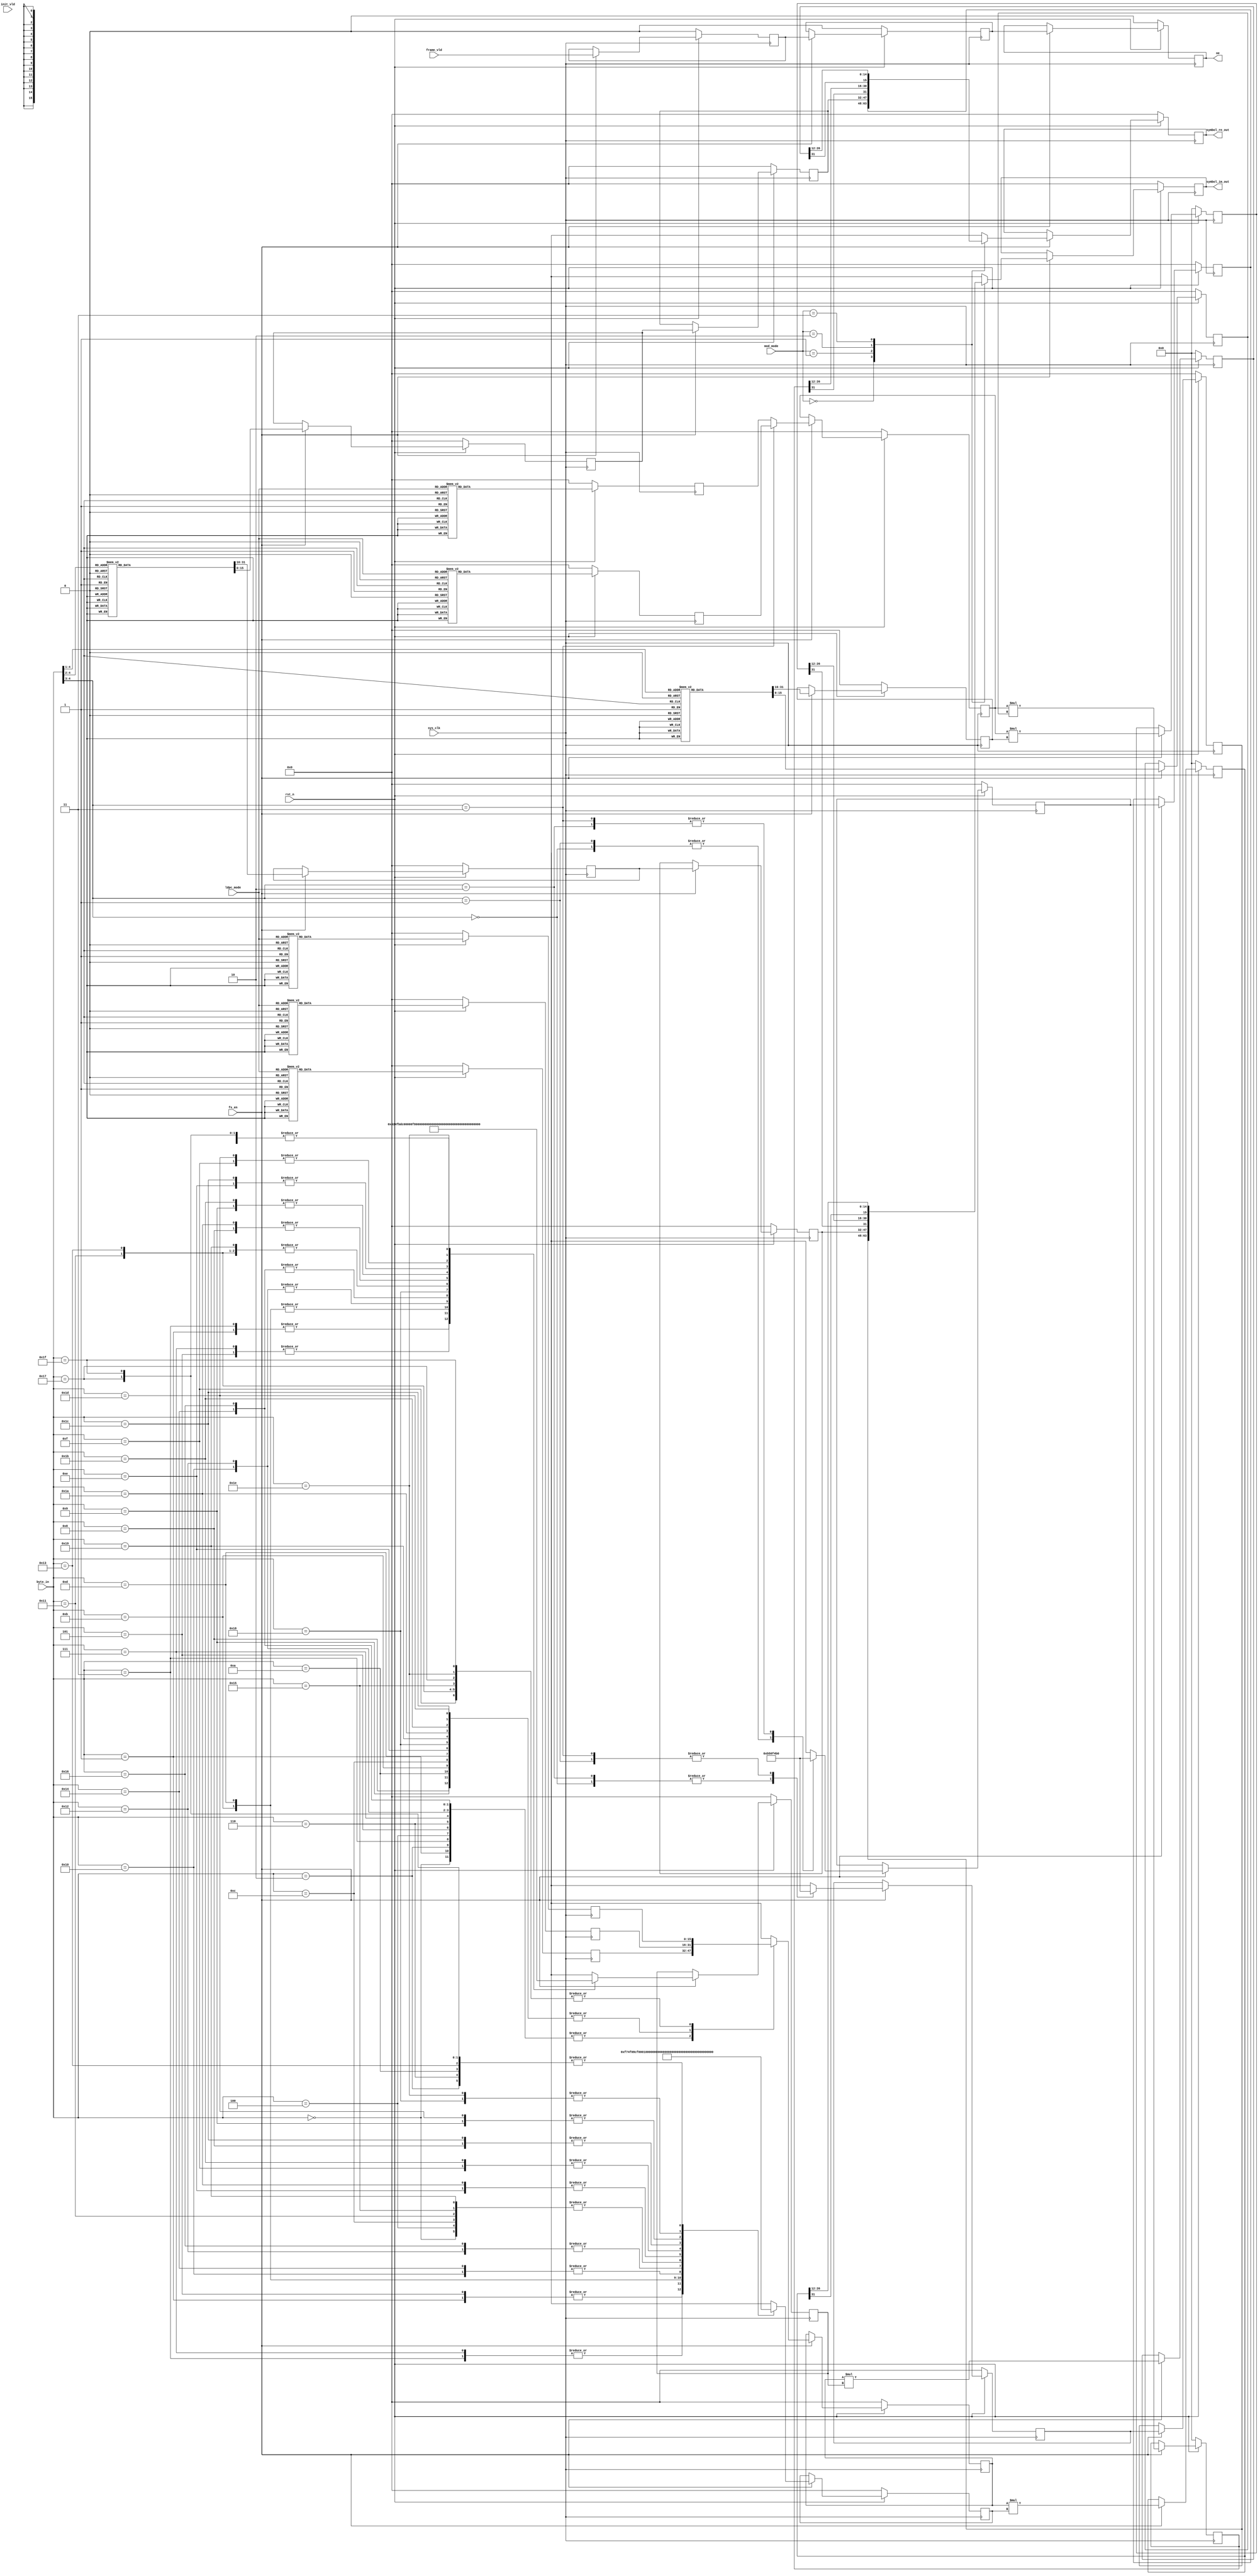
`timescale 1ns / 1ps
module mapper(
input	          							sys_clk,
input											fs_en,
input	          							rst_n,
//////////////////////////////////////////////////////////////
input	          			[1:0]			mod_mode,
input	          			[3:0] 			ldpc_mode,
input	          							init_vld,
input	          							frame_vld,
input   			 		[4:0]     		byte_in,
//////////////////////////////////////////////////////////////
output  reg  								oe,
output  reg  	signed	   	[15:0]     		symbol_re_out,
output  reg  	signed	   	[15:0]     		symbol_im_out
//////////////////////////////////////////////////////////////
);


 reg  			signed		[15:0]     		qpsk_symbol_re_out;
 reg  			signed		[15:0]     		qpsk_symbol_im_out;

always @(posedge sys_clk)begin
	if(~rst_n)begin
		qpsk_symbol_re_out <= 16'sh0;
		qpsk_symbol_im_out <= 16'sh0;
	end
	else if(fs_en == 1'b1)begin
		case ({byte_in[4:3]})
			2'h0:begin
				qpsk_symbol_re_out <= 16'sh0b50;
				qpsk_symbol_im_out <= 16'sh0b50;
			end
			2'h1:begin
				qpsk_symbol_re_out <= 16'sh0b50;
				qpsk_symbol_im_out <= 16'shf4b0;
			end
			2'h2:begin
				qpsk_symbol_re_out <= 16'shf4b0;
				qpsk_symbol_im_out <= 16'sh0b50;
			end
			2'h3:begin
				qpsk_symbol_re_out <= 16'shf4b0;
				qpsk_symbol_im_out <= 16'shf4b0;
			end
			default:begin
				qpsk_symbol_re_out <= 16'sh0;
				qpsk_symbol_im_out <= 16'sh0;
			end
		endcase
	end
	else begin
	end
end


reg  			signed		[15:0]     		psk8_symbol_re_out;
reg  			signed		[15:0]     		psk8_symbol_im_out;

always @(posedge sys_clk)begin
	if(~rst_n)begin
		psk8_symbol_re_out <= 16'sh0;
		psk8_symbol_im_out <= 16'sh0;
	end
	else if(fs_en == 1'b1)begin
		case ({byte_in[4:2]})
			3'h0:begin
				psk8_symbol_re_out <= 16'sh0b50;
				psk8_symbol_im_out <= 16'sh0b50;
			end
			3'h1:begin
				psk8_symbol_re_out <= 16'sh1000;
				psk8_symbol_im_out <= 16'sh0000;
			end
			3'h2:begin
				psk8_symbol_re_out <= 16'shf000;
				psk8_symbol_im_out <= 16'sh0000;
			end
			3'h3:begin
				psk8_symbol_re_out <= 16'shf4b0;
				psk8_symbol_im_out <= 16'shf4b0;
			end
			3'h4:begin
				psk8_symbol_re_out <= 16'sh0000;
				psk8_symbol_im_out <= 16'sh1000;
			end
			3'h5:begin
				psk8_symbol_re_out <= 16'sh0b50;
				psk8_symbol_im_out <= 16'shf4b0;
			end
			3'h6:begin
				psk8_symbol_re_out <= 16'shf4b0;
				psk8_symbol_im_out <= 16'sh0b50;
			end
			3'h7:begin
				psk8_symbol_re_out <= 16'sh0000;
				psk8_symbol_im_out <= 16'shf000;
			end
			default:begin
				psk8_symbol_re_out <= 16'sh0000;
				psk8_symbol_im_out <= 16'sh0000;
			end
		endcase
	end
	else begin
	end
end


reg  			signed		[15:0]     		psk16_symbol_re_out;
reg  			signed		[15:0]     		psk16_symbol_im_out;

always @(posedge sys_clk)begin
	if(~rst_n)begin
		psk16_symbol_re_out <= 16'sh0;
		psk16_symbol_im_out <= 16'sh0;
	end
	else if(fs_en == 1'b1)begin
		case ({byte_in[4:1]})
			4'h0:begin
				psk16_symbol_re_out <= 16'sh0b50;
				psk16_symbol_im_out <= 16'sh0b50;
			end
			4'h1:begin
				psk16_symbol_re_out <= 16'sh0b50;
				psk16_symbol_im_out <= 16'shf4b0;
			end
			4'h2:begin
				psk16_symbol_re_out <= 16'shf4b0;
				psk16_symbol_im_out <= 16'sh0b50;
			end
			4'h3:begin
				psk16_symbol_re_out <= 16'shf4b0;
				psk16_symbol_im_out <= 16'shf4b0;
			end
			4'h4:begin
				psk16_symbol_re_out <= 16'sh0f74;
				psk16_symbol_im_out <= 16'sh0424;
			end
			4'h5:begin
				psk16_symbol_re_out <= 16'sh0f74;
				psk16_symbol_im_out <= 16'shfbdc;
			end
			4'h6:begin
				psk16_symbol_re_out <= 16'shf08c;
				psk16_symbol_im_out <= 16'sh0424;
			end
			4'h7:begin
				psk16_symbol_re_out <= 16'shf08c;
				psk16_symbol_im_out <= 16'shfbdc;
			end
			4'h8:begin
				psk16_symbol_re_out <= 16'sh0424;
				psk16_symbol_im_out <= 16'sh0f74;
			end
			4'h9:begin
				psk16_symbol_re_out <= 16'sh0424;
				psk16_symbol_im_out <= 16'shf08c;
			end
			4'ha:begin
				psk16_symbol_re_out <= 16'shfbdc;
				psk16_symbol_im_out <= 16'sh0f74;
			end
			4'hb:begin
				psk16_symbol_re_out <= 16'shfbdc;
				psk16_symbol_im_out <= 16'shf08c;
			end
			4'hc:begin
				psk16_symbol_re_out <= 16'sh0b50;
				psk16_symbol_im_out <= 16'sh0b50;
			end
			4'hd:begin
				psk16_symbol_re_out <= 16'sh0b50;
				psk16_symbol_im_out <= 16'shf4b0;
			end
			4'he:begin
				psk16_symbol_re_out <= 16'shf4b0;
				psk16_symbol_im_out <= 16'sh0b50;
			end
			4'hf:begin
				psk16_symbol_re_out <= 16'shf4b0;
				psk16_symbol_im_out <= 16'shf4b0;
			end
			default:begin
				psk16_symbol_re_out <= 16'sh0;
				psk16_symbol_im_out <= 16'sh0;
			end
		endcase
	end
	else begin
	end
end


reg  			signed		[15:0]     		psk16_R1_reg;
reg  			signed		[15:0]     		psk16_R2_reg;

always @(posedge sys_clk)begin
	if(~rst_n)begin
		psk16_R1_reg <= 16'sh0;
	end
	else begin
		case (ldpc_mode)
			4'h0 : psk16_R1_reg <= 16'sh05c5 ; 
			4'h1 : psk16_R1_reg <= 16'sh05c5 ; 
			4'h2 : psk16_R1_reg <= 16'sh05c5 ; 
			4'h3 : psk16_R1_reg <= 16'sh05c5 ; 
			4'h4 : psk16_R1_reg <= 16'sh05c5 ; 
			4'h5 : psk16_R1_reg <= 16'sh05c5 ; 
			4'h6 : psk16_R1_reg <= 16'sh065a ; 
			4'h7 : psk16_R1_reg <= 16'sh0693 ; 
			4'h8 : psk16_R1_reg <= 16'sh06b1 ; 
			4'h9 : psk16_R1_reg <= 16'sh06f0 ; 
			4'ha : psk16_R1_reg <= 16'sh0704 ; 
			default:psk16_R1_reg <= 16'sh0;
		endcase
	end
end

always @(posedge sys_clk)begin
	if(~rst_n)begin
		psk16_R2_reg <= 16'sh0;
	end
	else begin
		case (ldpc_mode)
			4'h0 : psk16_R2_reg <= 16'sh122c ;
			4'h1 : psk16_R2_reg <= 16'sh122c ;
			4'h2 : psk16_R2_reg <= 16'sh122c ;
			4'h3 : psk16_R2_reg <= 16'sh122c ;
			4'h4 : psk16_R2_reg <= 16'sh122c ;
			4'h5 : psk16_R2_reg <= 16'sh122c ;
			4'h6 : psk16_R2_reg <= 16'sh121b ;
			4'h7 : psk16_R2_reg <= 16'sh1215 ;
			4'h8 : psk16_R2_reg <= 16'sh1211 ;
			4'h9 : psk16_R2_reg <= 16'sh1209 ;
			4'ha : psk16_R2_reg <= 16'sh1207 ;
			default:psk16_R2_reg <= 16'sh0;
		endcase
	end
end

reg  			signed		[15:0]     		psk16_R_reg;

always @(posedge sys_clk)begin
	if(~rst_n)begin
		psk16_R_reg <= 16'sh0;
	end
	else if(fs_en == 1'b1)begin
		if(byte_in[4:3]==2'b11)begin
			psk16_R_reg <= psk16_R1_reg;
		end
		else begin
			psk16_R_reg <= psk16_R2_reg;
		end
	end
	else begin
	end
end


reg  			signed		[15:0]     		psk32_R1_reg;
reg  			signed		[15:0]     		psk32_R2_reg;
reg  			signed		[15:0]     		psk32_R3_reg;

always @(posedge sys_clk)begin
	if(~rst_n)begin
		psk32_R1_reg <= 16'sh0;
	end
	else begin
		case (ldpc_mode)
			4'h0 : psk32_R1_reg <= 16'sh03e0 ;
			4'h1 : psk32_R1_reg <= 16'sh03e0 ;
			4'h2 : psk32_R1_reg <= 16'sh03e0 ;
			4'h3 : psk32_R1_reg <= 16'sh03e0 ;
			4'h4 : psk32_R1_reg <= 16'sh03e0 ;
			4'h5 : psk32_R1_reg <= 16'sh03e0 ;
			4'h6 : psk32_R1_reg <= 16'sh03e0 ;
			4'h7 : psk32_R1_reg <= 16'sh042a ;
			4'h8 : psk32_R1_reg <= 16'sh045b ;
			4'h9 : psk32_R1_reg <= 16'sh04a2 ;
			4'ha : psk32_R1_reg <= 16'sh04aa ;
			default:psk32_R1_reg <= 16'sh0;
		endcase
	end
end

always @(posedge sys_clk)begin
	if(~rst_n)begin
		psk32_R2_reg <= 16'sh0;
	end
	else begin
		case (ldpc_mode)
			4'h0 : psk32_R2_reg <= 16'sh0b02 ;
			4'h1 : psk32_R2_reg <= 16'sh0b02 ;
			4'h2 : psk32_R2_reg <= 16'sh0b02 ;
			4'h3 : psk32_R2_reg <= 16'sh0b02 ;
			4'h4 : psk32_R2_reg <= 16'sh0b02 ;
			4'h5 : psk32_R2_reg <= 16'sh0b02 ;
			4'h6 : psk32_R2_reg <= 16'sh0b02 ;
			4'h7 : psk32_R2_reg <= 16'sh0b54 ;
			4'h8 : psk32_R2_reg <= 16'sh0b7f ;
			4'h9 : psk32_R2_reg <= 16'sh0bc6 ;
			4'ha : psk32_R2_reg <= 16'sh0bcd ;
			default:psk32_R2_reg <= 16'sh0;
		endcase
	end
end


always @(posedge sys_clk)begin
	if(~rst_n)begin
		psk32_R3_reg <= 16'sh0;
	end
	else begin
		case (ldpc_mode)
			4'h0 : psk32_R3_reg <= 16'sh146e ; 
			4'h1 : psk32_R3_reg <= 16'sh146e ; 
			4'h2 : psk32_R3_reg <= 16'sh146e ; 
			4'h3 : psk32_R3_reg <= 16'sh146e ; 
			4'h4 : psk32_R3_reg <= 16'sh146e ; 
			4'h5 : psk32_R3_reg <= 16'sh146e ; 
			4'h6 : psk32_R3_reg <= 16'sh146e ; 
			4'h7 : psk32_R3_reg <= 16'sh1449 ; 
			4'h8 : psk32_R3_reg <= 16'sh1434 ; 
			4'h9 : psk32_R3_reg <= 16'sh1411 ; 
			4'ha : psk32_R3_reg <= 16'sh140e ; 
			default:psk32_R3_reg <= 16'sh0;
		endcase
	end
end

reg  			signed		[15:0]     		psk32_R_reg;



reg  			signed		[15:0]     		psk32_symbol_re_out;
reg  			signed		[15:0]     		psk32_symbol_im_out;

always @(posedge sys_clk)begin
	if(~rst_n)begin
		psk32_symbol_re_out <= 16'sh0;
		psk32_symbol_im_out <= 16'sh0;
		psk32_R_reg <= 16'sh0;
	end
	else if(fs_en == 1'b1)begin
		case ({byte_in[4:0]})
		5'h00:begin                            
			psk32_symbol_re_out <= 16'sh0b50;
			psk32_symbol_im_out <= 16'sh0b50;
			psk32_R_reg <= psk32_R2_reg;    
		end                                   
		5'h01:begin                            
					psk32_symbol_re_out <= 16'sh0424;
					psk32_symbol_im_out <= 16'sh0f74;
					psk32_R_reg <= psk32_R2_reg;    
		end                                   
		5'h02:begin                            
					psk32_symbol_re_out <= 16'sh0b50;
					psk32_symbol_im_out <= 16'shf4b0;
					psk32_R_reg <= psk32_R2_reg;    
		end                                   
		5'h03:begin                            
					psk32_symbol_re_out <= 16'sh0424;
					psk32_symbol_im_out <= 16'shf08c;
					psk32_R_reg <= psk32_R2_reg;    
		end                                   
		5'h04:begin                            
					psk32_symbol_re_out <= 16'shf4b0;
					psk32_symbol_im_out <= 16'sh0b50;
					psk32_R_reg <= psk32_R2_reg;    
		end                                   
		5'h05:begin                            
					psk32_symbol_re_out <= 16'shfbdc;
					psk32_symbol_im_out <= 16'sh0f74;
					psk32_R_reg <= psk32_R2_reg;    
		end                                   
		5'h06:begin                            
					psk32_symbol_re_out <= 16'shf4b0;
					psk32_symbol_im_out <= 16'shf4b0;
					psk32_R_reg <= psk32_R2_reg;    
		end                                   
		5'h07:begin                            
					psk32_symbol_re_out <= 16'shfbdc;
					psk32_symbol_im_out <= 16'shf08c;
					psk32_R_reg <= psk32_R2_reg;    
		end                                   
		5'h08:begin                            
					psk32_symbol_re_out <= 16'sh0ec8;
					psk32_symbol_im_out <= 16'sh061f;
					psk32_R_reg <= psk32_R3_reg;    
		end                                   
		5'h09:begin                            
					psk32_symbol_re_out <= 16'sh061f;
					psk32_symbol_im_out <= 16'sh0ec8;
					psk32_R_reg <= psk32_R3_reg;    
		end                                   
		5'h0a:begin                            
					psk32_symbol_re_out <= 16'sh0b50;
					psk32_symbol_im_out <= 16'shf4b0;
					psk32_R_reg <= psk32_R3_reg;    
		end                                   
		5'h0b:begin                            
					psk32_symbol_re_out <= 16'sh0000;
					psk32_symbol_im_out <= 16'shf000;
					psk32_R_reg <= psk32_R3_reg;    
		end                                   
		5'h0c:begin                            
					psk32_symbol_re_out <= 16'shf4b0;
					psk32_symbol_im_out <= 16'sh0b50;
					psk32_R_reg <= psk32_R3_reg;    
		end                                   
		5'h0d:begin                            
					psk32_symbol_re_out <= 16'sh0000;
					psk32_symbol_im_out <= 16'sh1000;
					psk32_R_reg <= psk32_R3_reg;    
		end                                   
		5'h0e:begin                            
					psk32_symbol_re_out <= 16'shf138;
					psk32_symbol_im_out <= 16'shf9e1;
					psk32_R_reg <= psk32_R3_reg;    
		end                                   
		5'h0f:begin                            
					psk32_symbol_re_out <= 16'shf9e1;
					psk32_symbol_im_out <= 16'shf138;
					psk32_R_reg <= psk32_R1_reg;    
		end                                   
		5'h10:begin                            
					psk32_symbol_re_out <= 16'sh0f74;
					psk32_symbol_im_out <= 16'sh0424;
					psk32_R_reg <= psk32_R2_reg;    
		end                                   
		5'h11:begin                            
					psk32_symbol_re_out <= 16'sh0b50;
					psk32_symbol_im_out <= 16'sh0b50;
					psk32_R_reg <= psk32_R1_reg;    
		end                                   
		5'h12:begin                            
					psk32_symbol_re_out <= 16'sh0f74;
					psk32_symbol_im_out <= 16'shfbdc;
					psk32_R_reg <= psk32_R2_reg;    
		end                                   
		5'h13:begin                            
					psk32_symbol_re_out <= 16'sh0b50;
					psk32_symbol_im_out <= 16'shf4b0;
					psk32_R_reg <= psk32_R1_reg;    
		end                                   
		5'h14:begin                            
					psk32_symbol_re_out <= 16'shf08c;
					psk32_symbol_im_out <= 16'sh0424;
					psk32_R_reg <= psk32_R2_reg;    
		end                                   
		5'h15:begin                            
					psk32_symbol_re_out <= 16'shf4b0;
					psk32_symbol_im_out <= 16'sh0b50;
					psk32_R_reg <= psk32_R1_reg;    
		end                                   
		5'h16:begin                            
					psk32_symbol_re_out <= 16'shf08c;
					psk32_symbol_im_out <= 16'shfbdc;
					psk32_R_reg <= psk32_R2_reg;    
		end                                   
		5'h17:begin                            
					psk32_symbol_re_out <= 16'shf4b0;
					psk32_symbol_im_out <= 16'shf4b0;
					psk32_R_reg <= psk32_R1_reg;    
		end                                   
		5'h18:begin                            
					psk32_symbol_re_out <= 16'sh1000;
					psk32_symbol_im_out <= 16'sh0000;
					psk32_R_reg <= psk32_R3_reg;    
		end                                   
		5'h19:begin                            
					psk32_symbol_re_out <= 16'sh0b50;
					psk32_symbol_im_out <= 16'sh0b50;
					psk32_R_reg <= psk32_R3_reg;    
		end                                   
		5'h1a:begin                            
					psk32_symbol_re_out <= 16'sh0ec8;
					psk32_symbol_im_out <= 16'shf9e1;
					psk32_R_reg <= psk32_R3_reg;    
		end                                   
		5'h1b:begin                            
					psk32_symbol_re_out <= 16'sh061f;
					psk32_symbol_im_out <= 16'shf138;
					psk32_R_reg <= psk32_R3_reg;    
		end                                   
		5'h1c:begin                            
					psk32_symbol_re_out <= 16'shf138;
					psk32_symbol_im_out <= 16'sh061f;
					psk32_R_reg <= psk32_R3_reg;    
		end                                   
		5'h1d:begin                            
					psk32_symbol_re_out <= 16'shf9e1;
					psk32_symbol_im_out <= 16'sh0ec8;
					psk32_R_reg <= psk32_R3_reg;    
		end                                   
		5'h1e:begin                            
					psk32_symbol_re_out <= 16'shf000;
					psk32_symbol_im_out <= 16'sh0000;
					psk32_R_reg <= psk32_R1_reg;    
		end                                   
		5'h1f:begin                            
					psk32_symbol_re_out <= 16'shf4b0;
					psk32_symbol_im_out <= 16'shf4b0;
					psk32_R_reg <= psk32_R1_reg;    
		end        
		default:begin
				psk32_symbol_re_out <= 16'sh0;
				psk32_symbol_im_out <= 16'sh0;
				psk32_R_reg <= 16'sh0;
		end
		endcase
	end
	else begin
	end
end


reg  			signed		[31:0]     		psk16_re_mult_out;
reg  			signed		[31:0]     		psk16_im_mult_out;


always @(posedge sys_clk)begin
	if(~rst_n)begin
		psk16_re_mult_out <= 32'sh0;
		psk16_im_mult_out <= 32'sh0;
	end
	else if(fs_en == 1'b1)begin
		psk16_re_mult_out <= psk16_R_reg*psk16_symbol_re_out;
		psk16_im_mult_out <= psk16_R_reg*psk16_symbol_im_out;
	end
	else begin
	end
end

reg  			signed		[15:0]     		qpsk_symbol_re_out_1dly;
reg  			signed		[15:0]     		qpsk_symbol_im_out_1dly;
reg  			signed		[15:0]     		psk8_symbol_re_out_1dly;
reg  			signed		[15:0]     		psk8_symbol_im_out_1dly;


always @(posedge sys_clk)begin
	if(~rst_n)begin
		qpsk_symbol_re_out_1dly <= 16'sh0;
		qpsk_symbol_im_out_1dly <= 16'sh0;
		psk8_symbol_re_out_1dly <= 16'sh0;
		psk8_symbol_im_out_1dly <= 16'sh0;
	end
	else if(fs_en == 1'b1)begin
		qpsk_symbol_re_out_1dly <= qpsk_symbol_re_out;
		qpsk_symbol_im_out_1dly <= qpsk_symbol_im_out;
		psk8_symbol_re_out_1dly <= psk8_symbol_re_out;
		psk8_symbol_im_out_1dly <= psk8_symbol_im_out;
	end
	else begin
	end
end


reg  			signed		[31:0]     		psk32_re_mult_out;
reg  			signed		[31:0]     		psk32_im_mult_out;


always @(posedge sys_clk)begin
	if(~rst_n)begin
		psk32_re_mult_out <= 32'sh0;
		psk32_im_mult_out <= 32'sh0;
	end
	else if(fs_en == 1'b1)begin
		psk32_re_mult_out <= psk32_R_reg*psk32_symbol_re_out;
		psk32_im_mult_out <= psk32_R_reg*psk32_symbol_im_out;
	end
	else begin
	end
end


always @(posedge sys_clk)begin
	if(~rst_n)begin
		symbol_re_out <= 16'sh0;
		symbol_im_out <= 16'sh0;
	end
	else if(fs_en == 1'b1)begin
		case (mod_mode)
			2'h0:begin
				symbol_re_out <= qpsk_symbol_re_out_1dly;
				symbol_im_out <= qpsk_symbol_im_out_1dly;
			end
			2'h1:begin
				symbol_re_out <= psk8_symbol_re_out_1dly;
				symbol_im_out <= psk8_symbol_im_out_1dly;
			end
			2'h2:begin
				symbol_re_out <= $signed({psk16_re_mult_out[31],psk16_re_mult_out[26:12]});
				symbol_im_out <= $signed({psk16_im_mult_out[31],psk16_im_mult_out[26:12]});
			end
			2'h3:begin
				symbol_re_out <= $signed({psk32_re_mult_out[31],psk32_re_mult_out[26:12]});
				symbol_im_out <= $signed({psk32_im_mult_out[31],psk32_im_mult_out[26:12]});
			end
			default:begin
				symbol_re_out <= 16'sh0;
				symbol_im_out <= 16'sh0;
			end
		endcase
	end
	else begin
	end
end


reg											frame_vld_1dly_reg;
reg											frame_vld_2dly_reg;

always @(posedge sys_clk)begin
	if(~rst_n)begin
		frame_vld_1dly_reg <= 1'b0;
		frame_vld_2dly_reg <= 1'b0;
	end
	else if(fs_en == 1'b1)begin
		frame_vld_1dly_reg <= frame_vld;
		frame_vld_2dly_reg <= frame_vld_1dly_reg;
	end
	else begin
	end
end


always @(posedge sys_clk)begin
	if(~rst_n)begin
		oe <= 1'b0;
	end
	else if(fs_en == 1'b1)begin
		oe <= frame_vld_2dly_reg;
	end
	else begin
	end
end

endmodule